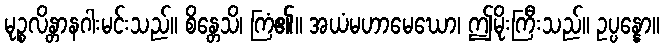
မုဉ္စလိန္တာနဂါးမင်းသည်။ စိန္တေသိ၊ ကြံ၏။ အယံမဟာမေဃော၊ ဤမိုးကြီးသည်။ ဥပ္ပန္နော။